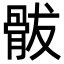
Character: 䯋